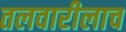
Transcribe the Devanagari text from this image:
तलवारीलाच